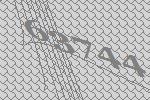
63744